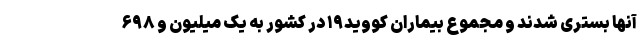
آنها بستری شدند و مجموع بیماران کووید۱۹ در کشور به یک میلیون و ۶۹۸